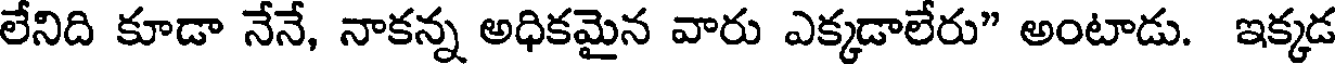
లేనిది కూడా నేనే, నాకన్న అధికమైన వారు ఎక్కడాలేరు" అంటాడు. ఇక్కడ